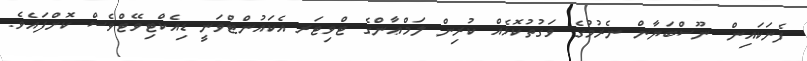
ފެނަކައިން ނޫސްބަޔާން ނެރުމުގެ ވަގުތުކޮޅެއް ކުރިން ލަމްޢާންގެ ޓްވިޓަރ އެކައުންޓްވަނީ ޑިއެކްޓިވޭޓްވެސް ކޮށްފައެވެ.